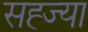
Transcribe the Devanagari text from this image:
सह्ज्या